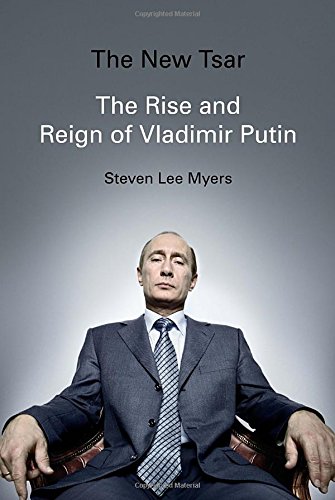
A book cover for The New Tsar: The Rise and Reign of Vladimir Putin; Steven Lee Myers; Biographies & Memoirs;